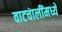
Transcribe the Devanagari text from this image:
वाटचालींमध्ये